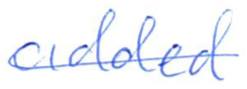
Text: added
Cross-out: single-line
Writing tool: ballpoint